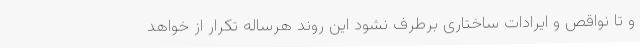
و تا نواقص و ایرادات ساختاری برطرف نشود این روند هرساله تکرار از خواهد